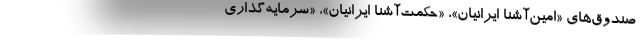
صندوق‌های «امین‌‌آشنا ایرانیان»، «حکمت‌آشنا ایرانیان»، «سرمایه‌گذاری